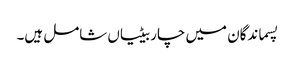
پسماندگان میں چار بیٹیاں شامل ہیں۔